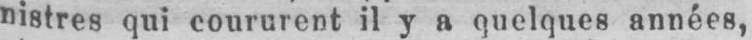
nistres qui coururent il y a quelques années,